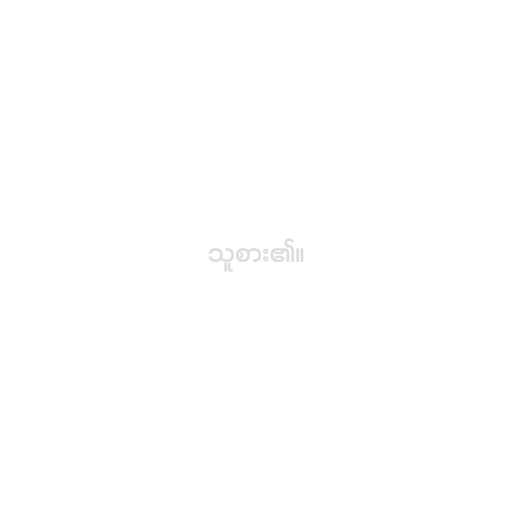
သူစား၏။